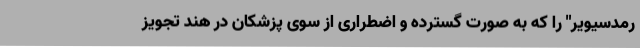
رمدسیویر" را که به صورت گسترده و اضطراری از سوی پزشکان در هند تجویز